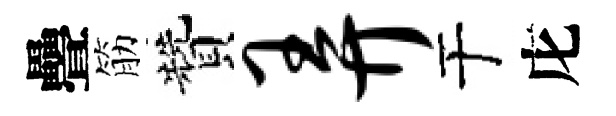
疊筋贊弄于庀